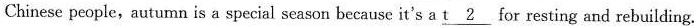
Chinese people,autumn is a special season because it's a \underline{t2} for resting and rebuilding.